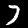
Digit: 7